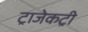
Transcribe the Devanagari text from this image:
ट्राजेकट्री